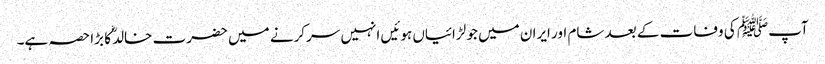
آپﷺ کی وفات کے بعد شام اور ایران میں جو لڑائیاں ہوئیں انہیں سرکرنے میں حضرت خالدؓ کا بڑا حصہ ہے۔